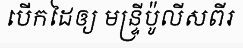
បើកដៃឲ្យ មន្ទ្រីប៉ូលីសពីរ